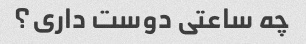
چه ساعتی دوست داری؟